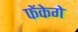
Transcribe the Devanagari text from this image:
फेंकेगे